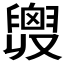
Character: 𦦒